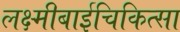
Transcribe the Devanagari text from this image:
लक्ष्मीबाईचिकित्सा